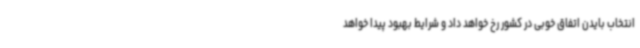
انتخاب بایدن اتفاق خوبی در کشور رخ خواهد داد و شرایط بهبود پیدا خواهد